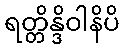
ရတ္တိန္ဒိဝါနိပိ